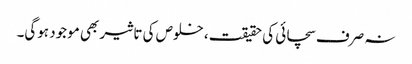
نہ صرف سچائی کی حقیقت، خلوص کی تاثیر بھی موجود ہوگی۔